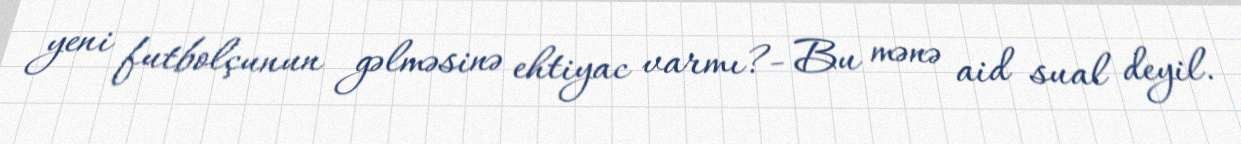
yeni futbolçunun gəlməsinə ehtiyac varmı?- Bu mənə aid sual deyil.